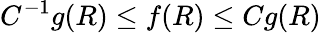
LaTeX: C^{-1}g(R)\le f(R)\le Cg(R)